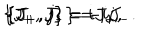
\{ J _ { + } , J _ { - } \} = i j , \hspace { 7 m m } \{ J _ { + } , j \} = i J _ { + } , \hspace { 7 m m } \{ J _ { - } , j \} = - i J _ { - } .